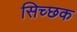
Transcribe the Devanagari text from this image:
सिच्‍छक